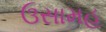
ઉસામહ